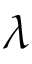
\lambda